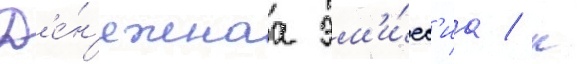
Д'е́н'ежнаа эм'и́сс'иа / к